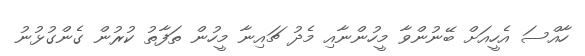
ހާއްސަ އެހީއަށް ބޭނުންވާ މީހުންނާއި މެދު ޗައިނާ މީހުން ތަފާތު ކުރުން ގެންގުޅުނު